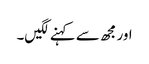
اور مجھ سے کہنے لگیں۔